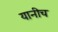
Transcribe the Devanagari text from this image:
यानीच